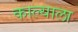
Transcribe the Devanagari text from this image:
काल्याला